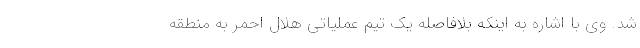
شد. وی با اشاره به اینکه بلافاصله یک تیم عملیاتی هلال احمر به منطقه